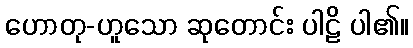
ဟောတု-ဟူသော ဆုတောင်း ပါဠိ ပါ၏။